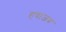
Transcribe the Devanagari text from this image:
हवाजब